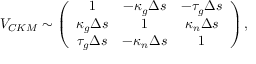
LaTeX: V _ { C K M } \sim \left( \begin{array} { c c c } { { 1 } } & { { - \kappa _ { g } \Delta s } } & { { - \tau _ { g } \Delta s } } \\ { { \kappa _ { g } \Delta s } } & { { 1 } } & { { \kappa _ { n } \Delta s } } \\ { { \tau _ { g } \Delta s } } & { { - \kappa _ { n } \Delta s } } & { { 1 } } \end{array} \right) ,